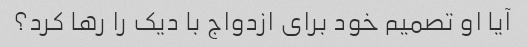
آیا او تصمیم خود برای ازدواج با دیک را رها کرد؟